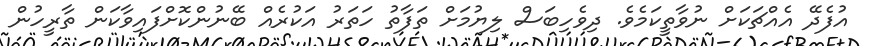
އުފެދޭ އެއްޗަކަށް ނުވާތީކަމެވެ. ދިވެހިބަސް ލިޔުމަށް ތަފާތު ހަތަރު އަކުރެއް ބޭނުންކޮށްފައިވާކަން ތާރީހުން